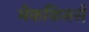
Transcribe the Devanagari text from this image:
मेककिनसे